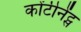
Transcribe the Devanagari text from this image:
कोंटीनेंट्स